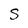
Character: S